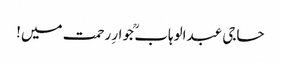
حاجی عبدالوہاب ؒ جوارِ رحمت میں!